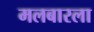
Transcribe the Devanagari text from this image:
मलबारला